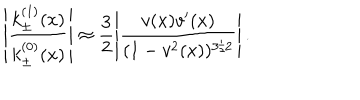
\left| \frac { k _ { \pm } ^ { ( 1 ) } ( x ) } { k _ { \pm } ^ { ( 0 ) } ( x ) } \right| \approx \frac { 3 } { 2 } \left| \frac { v ( x ) v ^ { \prime } ( x ) } { ( 1 - v ^ { 2 } ( x ) ) ^ { 3 / 2 } } \right| .